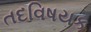
તદવિષયક